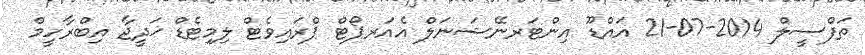
ތަފްސީލް 2014-07-21 އައްޑޫ އިންޓަރނޭޝަނަލް އެއަރޕޯޓް ޕްރައިވެޓް ލިމިޓެޑް ޚަދީޖާ އިބްރާހީމް